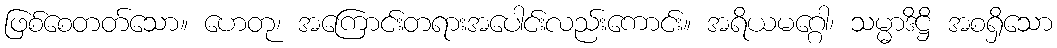
ဖြစ်စေတတ်သော။ ဟေတု၊ အကြောင်းတရားအပေါင်းလည်းကောင်း။ အရိယမဂ္ဂေါ၊ သမ္မာဒိဋ္ဌိ အစရှိသော